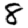
Digit: 8